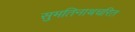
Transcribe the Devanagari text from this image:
सुमतिनाथचरित